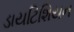
ડાયટિશિયન